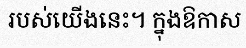
របស់យើងនេះ។ ក្នុងឱកាស